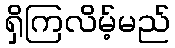
ရှိကြလိမ့်မည်